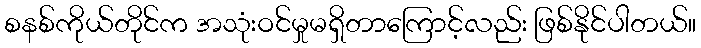
စနစ်ကိုယ်တိုင်က အသုံးဝင်မှုမရှိတာကြောင့်လည်း ဖြစ်နိုင်ပါတယ်။